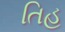
તિહ